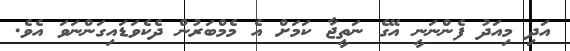
އަދި މިއަދު ފެންނަނީ އޭގެ ނަތީޖާ ކަމަށް އެ މެމްބަރުން ދެކެވަޑައިގަންނަވަ އެވެ.